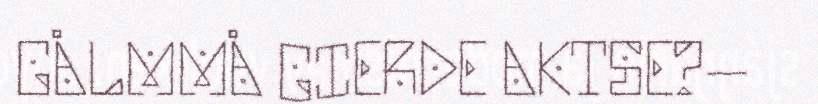
GÅLMMÅ GIERDE AKTSE?–